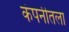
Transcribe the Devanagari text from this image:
कंपनीतला